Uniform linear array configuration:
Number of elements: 4
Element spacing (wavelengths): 0.5
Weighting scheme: binomial
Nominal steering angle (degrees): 0
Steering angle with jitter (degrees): -1.537
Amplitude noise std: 0.05
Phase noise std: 0.05

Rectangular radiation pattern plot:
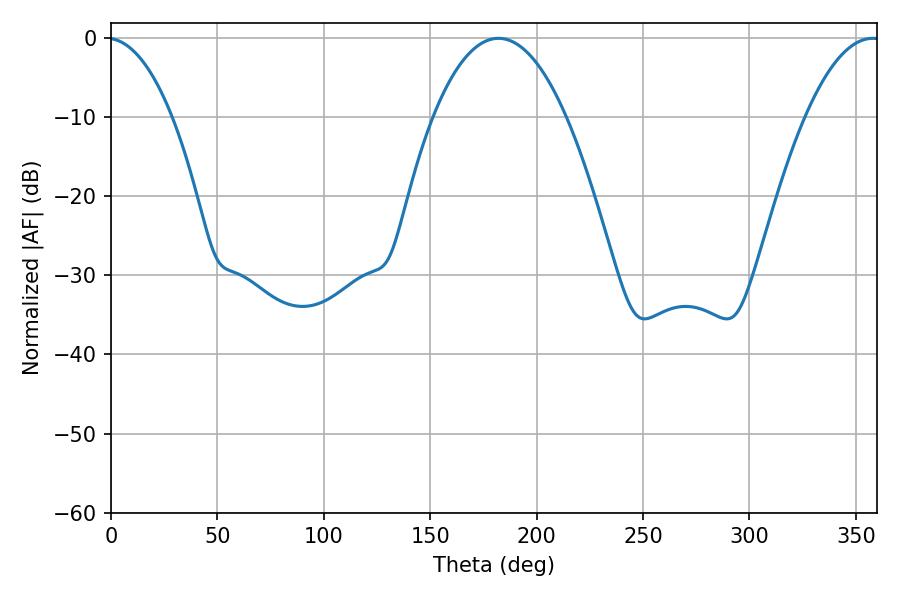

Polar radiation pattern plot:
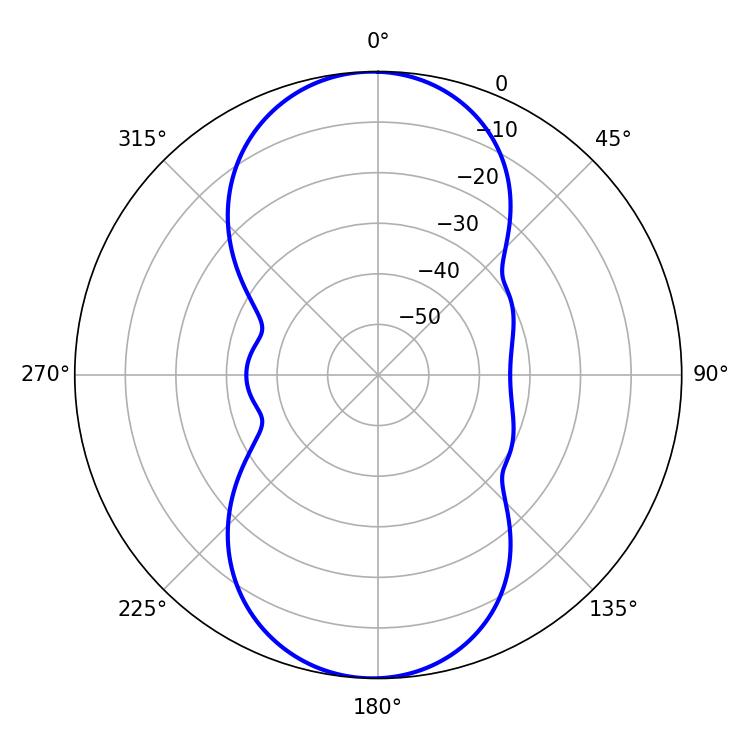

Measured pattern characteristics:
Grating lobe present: FALSE
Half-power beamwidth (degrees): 34.56
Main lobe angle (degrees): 182.16